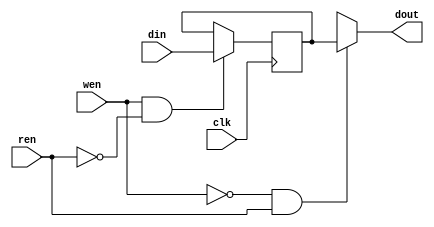
module Memory_transmitter (clk, ren, wen, din, dout);
  input  clk;
  input  ren, wen;
  input [7:0] din;//the data input
  output [7:0] dout; //the 8bit output

  reg  [7:0] data;
  wire [7:0] dout;


  assign dout = ((wen==1'b0) && (ren==1'b1)) ? data : 8'bx;
  
  /* Write when write_enable(wen)=1 and read_enable(ren) is 0 */
   always @(posedge clk)
   begin
    if (wen == 1'b1 && ren==1'b0)
        data = din;
   end

endmodule